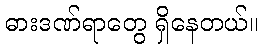
ဓားဒဏ်ရာတွေ ရှိနေတယ်။